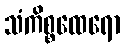
သံကိစ္စထေရော